Report on sanitation, dispensaries, and jails in Rajputana for 1909, and on vaccination for the year 1909-1910 - 1909-1910
Year: 1909
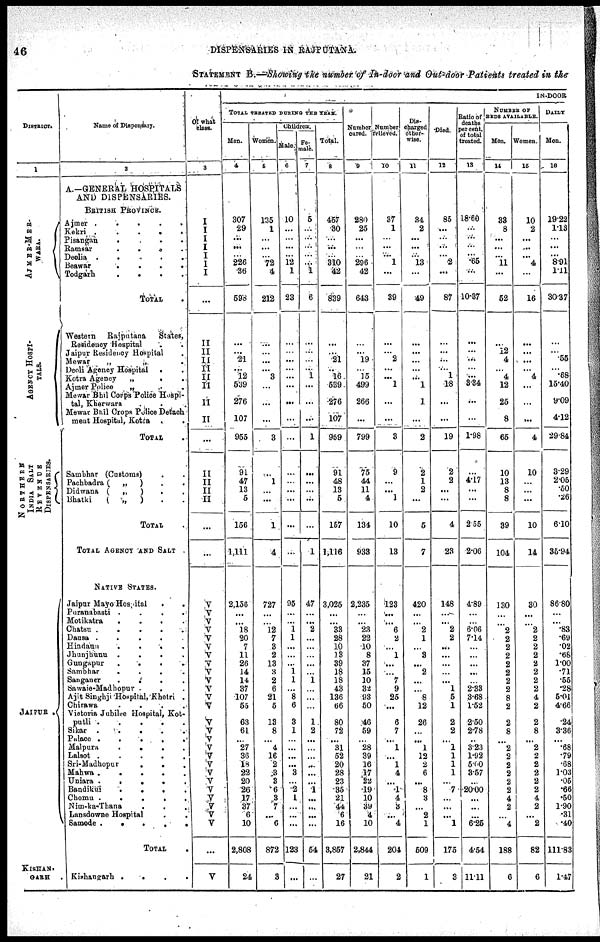
46
DISPENSARIES IN RAJPUTANA
STATEMENT B.—Showing the number of In-door and Out-door Patients treated in the
DISTRICT.
1
AJMER-MER¬
WARA.
AGE NC Y HOSPI -
----.
NORTHERN
INDIA SALT
REVENUE
DISPENSARIES.
JAIPUR.
KISHAN¬
GARH
Name of Dispensary.
1
A.-GENERAL HOSPITALS
AND DISPENSARIES.
BRITISH PROVINCE.
Ajmer .
.
.
.
.
Kekri .
.
.
.
.
Pisangan
. . . .
Ramsar
.
.
.
Deolia .
.
.
.
Beawar
.
.
. .
Todgarh
.
.
.
.
TOTAL .
Western
Rajputana
States,
Residency Hospital . .
Jaipur Residency Hospital .
Mewar
„
„ .
Deoli Agency Hospital
. .
Kotra Agency
„
. .
Ajmer Police
„ . .
Mewar Bhil Corps Police Hospi¬
tal, Kherwara . .
Mewar Bhil Crops Police Detach¬
ent Hospital, Kotra . .
TOTAL .
Sambhar (Customa) . .
Pachbadra (
„
) . .
Didwana (
„
)
. .
Bhatki
(
„
) . .
TOTAL
TOTAL AGENCY AND SALT
NATIVE STATES.
Jaipur Mayo Hospital
.
.
Puranabasti . . . .
Motikatra
.
.
. .
Chatsu .
.
.
.
.
Dausa .
.
.
.
Hindaun
.
.
.
.
Jhunjhunu
.
.
.
.
Gungapur
.
.
.
.
Sambhar
.
.
.
.
Sanganer
.
.
.
.
Sawaie-Madhopur
. .
Ajit Singhji Hospital, Khetri .
Chirawa
.
.
.
.
Victoria Jubilee Hospital, Kot¬
putli .
.
.
.
.
Sikar .
.
.
.
.
Palace . . . . .
Malpura
.
.
.
.
Lalsot .
.
.
.
.
Sri-Madhopur
.
. .
Mahwa .
.
.
.
.
Uniara .
.
.
.
.
Bandikui
.
.
. .
Cbomu
.
.
.
. .
Nim-ka-Thana . . .
Lansdowne Hospital
. .
Samode .
.
.
.
.
TOTAL .
Kishangrarh
. . . .
Of what
class.
3
I
I
I
I
I
I
I
...
II
II
II
II
II
II
II
II
...
II
II
II
II
...
...
V
V
V
V
V
V
V
V
V
V
V
V
V
V
V
V
V
V
V
V
V
V
V V
V
V
...
V
IN-DOOR
TOTAL TREATED DURING THE YEAR.
Men.
4
307
29
...
...
... 226
36
598
...
...
21
...
12
539
276
107
955
91
47
13
5
156
1,111
2,156
...
...
18
20
7
11
26
14
14
37
107
55
63
61
...
27
36
18
22
20
26
17
37
6
10
2,808
24
Woman.
5
135
1
...
...
... 72
4
212
...
...
...
...
3
...
...
...
3
...
1
...
...
1
4
727
...
...
12
7
3
2
13
3
2
6
21
5
13
8
...
4
16
2
3
3
6
3
7
...
6
872
3
Children .
Male.
6
10
...
...
...
... 12
1
23
...
...
...
...
...
...
...
...
...
...
...
...
...
...
...
95
...
...
1
1
...
...
...
1
1
...
8
6
3
1
...
...
...
...
3
...
2
1
...
...
...
123
...
Fe¬
male
7
5
...
...
...
...
...
1
6
...
...
...
...
1
...
...
...
1
...
...
..
...
...
1
47
...
...
2
...
...
...
...
...
1
...
...
...
1
2
...
...
...
...
...
...
1
...
...
...
...
54
...
Total.
8
457
30
...
...
... 310
42
839
...
...
21
..
16
539
276
107
959
91
48
13
5
157
1,116
3,025
...
...
33
28
10
18
39
18
18
43
136
66
80
72
...
31
52
20
28
23
35
21
44
6
16
3,857
27
Number
cured.
9
280
25
...
...
... 296
42
643
...
...
19
...
15
499
266
...
799
75
44
11
4
134
938
2,235
...
...
23
22
10
8
37
15
10
32
93
50
46
59
...
28
39
16
17
22
19
10
39
4
10
2344
21
Number
relieved.
10
37
1
...
...
... 1
...
39
...
...
2
...
... 1
...
...
3
9
...
...
1
10
13
123
...
...
6
2
...
1
...
...
7
9
25
...
6
7
...
1
...
1
4
...
.1
4
3
...
4
204
2
Dis¬
charged
other
wise.
11
34
2
...
...
... 13
...
49
...
...
...
...
... l
1
...
2
2
1
2
...
6
7
420
...
...
2
1
...
3
...
2
...
...
8
12
26
...
...
1
12
2
6
...
8
3
...
2
1
509
1
Died.
12
85
...
...
...
... 2
...
87
...
...
...
...
1
18
...
...
19
2
2
...
...
4
23
148
...
...
2
2
...
...
...
...
...
1
5
1
2
2
...
1
1
1
1
...
7
...
...
...
1
175
3
Ratio of
deaths
per cent.
of total
treated.
13
18.60
...
...
...
... .65
...
10.37
...
...
...
...
... 3.34
...
...
1.98
...
4.17
...
...
2.55
2.06
4.89
...
...
6.06
7.14
...
...
...
...
...
2.33
3.68
1.52
2.50
2.78
...
3.23
1.92
5.00
3.57
...
20.00
...
...
...
6.25
4.54
11.11
NUMBER OF
BEDS AVAILABLE.
Men.
14
33
8
...
...
... 11
...
52
..
12
4
...
4
12
25
8
65
10
13
8
8
39
104
130
...
...
2
2
2
2
2
2
2
2
8
2
2
8
...
2
2
2
2
2
2
4
2
...
4
188
6
Women.
15
10
2
...
...
... 4
...
16
...
...
...
...
4
...
...
...
4
10
...
...
...
10
14
30
...
...
2
2
2
2
2
2
2
2
4
2
2
8
...
2
2
2
2
2
2
4
2
...
2
82
6
DAILY
Men.
16
19.22
1.13
...
...
... 8.91
1.11
30.37
...
...
.55
...
.68
15.40
9.09
4.12
29.84
8.29
2.05
.50
.26
6.10
35.94
86.80
...
...
.83
.69
.02
.68
1.00
.71
.55
.28
5.01
4.66
.24
3.36
...
.68
.79
.68
1.03
.05
.66
.50
1.90
.31
.40
111.83
1.47